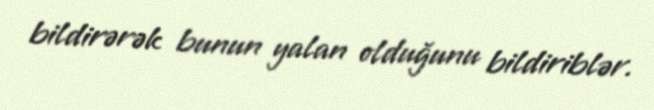
bildirərək bunun yalan olduğunu bildiriblər.